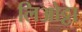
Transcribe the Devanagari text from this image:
लिओट्टा